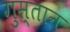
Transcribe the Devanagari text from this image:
गुस्तान